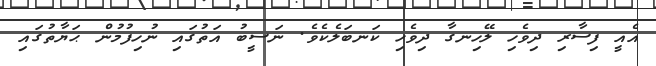
އެއީ ފިސާރި ދިވެހި ލޭހިނގާ ދިވެހި ކަނބަލެކެވެ. ނަސީބު އަތުގައި ނުހިފުމުން ޙަޔާތުގައި